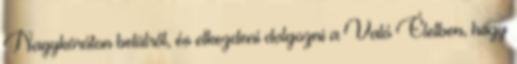
Nagykörúton belülről, és elkezdeni dolgozni a Való Életben, hogy